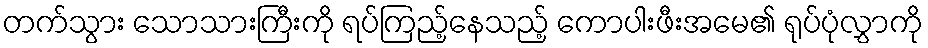
တက်သွား သောသားကြီးကို ရပ်ကြည့်နေသည့် ကောပါးဖီးအမေ၏ ရုပ်ပုံလွှာကို